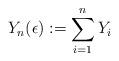
LaTeX: \begin{align*}Y_n(\epsilon) := \sum_{i=1}^{n} Y_i\end{align*}